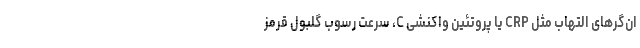
ان‌گرهای التهاب مثل CRP یا پروتئین واکنشی C، سرعت رسوب گلبول قرمز